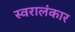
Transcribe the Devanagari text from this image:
स्वरालंकार